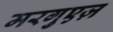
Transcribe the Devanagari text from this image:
मरगुएज़